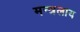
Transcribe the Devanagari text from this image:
मन्त्रलाय